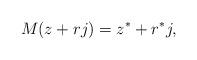
LaTeX: \begin{align*}M(z+rj)=z^*+r^*j, \end{align*}